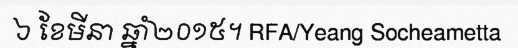
៦ ខែមីនា ឆ្នាំ២០១៥។ RFA/Yeang Socheametta